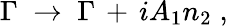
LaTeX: \Gamma\; \to\; \Gamma\, +\, iA_{1}n_{2}\; ,